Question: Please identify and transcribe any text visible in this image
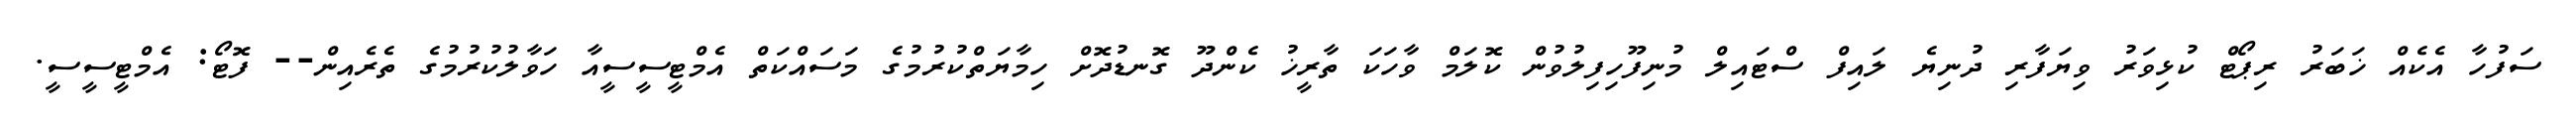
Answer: ސަފުހާ އެކެއް ޚަބަރު ރިޕޯޓް ކުޅިވަރު ވިޔަފާރި ދުނިޔެ ލައިފް ސްޓައިލް މުނިފޫހިފިލުވުން ކޮލަމް ވާހަކަ ތާރީޚު ކެންދޫ ގޮނޑުދޮށް ހިމާޔަތްކުރުމުގެ މަސައްކަތް އެމްޓީސީސީއާ ހަވާލުކުރުމުގެ ތެރެއިން-- ފޮޓޯ: އެމްޓީސީސީ.